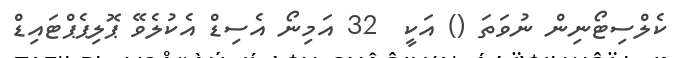
ކެލްސިޓޯނިން ނުވަތަ () އަކީ  32 އަމިނޯ އެސިޑް އެކުލެވޭ ޕޮލިޕެޕްޓައިޑް